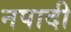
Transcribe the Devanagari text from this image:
नपादी